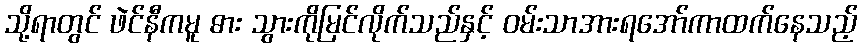
သို့ရာတွင် ဖဲင်နီကမူ ဓား သွားကိုမြင်လိုက်သည်နှင့် ဝမ်းသာအားရအော်ကာထက်နေသည့်